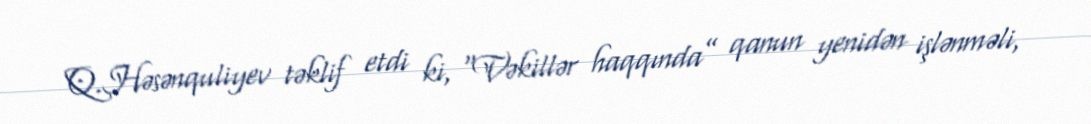
Q.Həsənquliyev təklif etdi ki, “Vəkillər haqqında” qanun yenidən işlənməli,